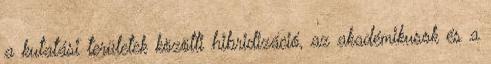
a kutatási területek közötti hibridizáció, az akadémikusok és a